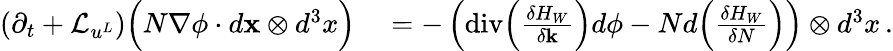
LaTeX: \begin{array}{rl}{(\partial_{t}+\mathcal{L}_{u^{L}})\Big(N\nabla\phi\cdot d{\mathbf{x}}\otimes d^{3}x\Big)}&{{}=-\left(\mathrm{div}\Big(\frac{\delta H_{W}}{\delta{\mathbf{k}}}\Big)d\phi-Nd\Big(\frac{\delta H_{W}}{\delta N}\Big)\right)\otimes d^{3}x\, .}\end{array}